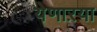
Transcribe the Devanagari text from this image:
येणाऱया